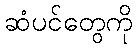
ဆံပင်တွေကို